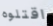
اقتلوه